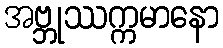
အဗ္ဘုဿက္ကမာနော